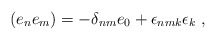
\begin{align*}(e_n e_m) = - \delta_{nm}e_0 + \epsilon_{nmk}\epsilon_k ~,\end{align*}